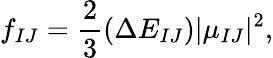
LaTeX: f_{IJ}=\frac{2}{3}(\Delta E_{IJ})|\mu_{IJ}|^{2},